Vaccination in Bombay 1902-1912 - 1902-1912
Year: 1902
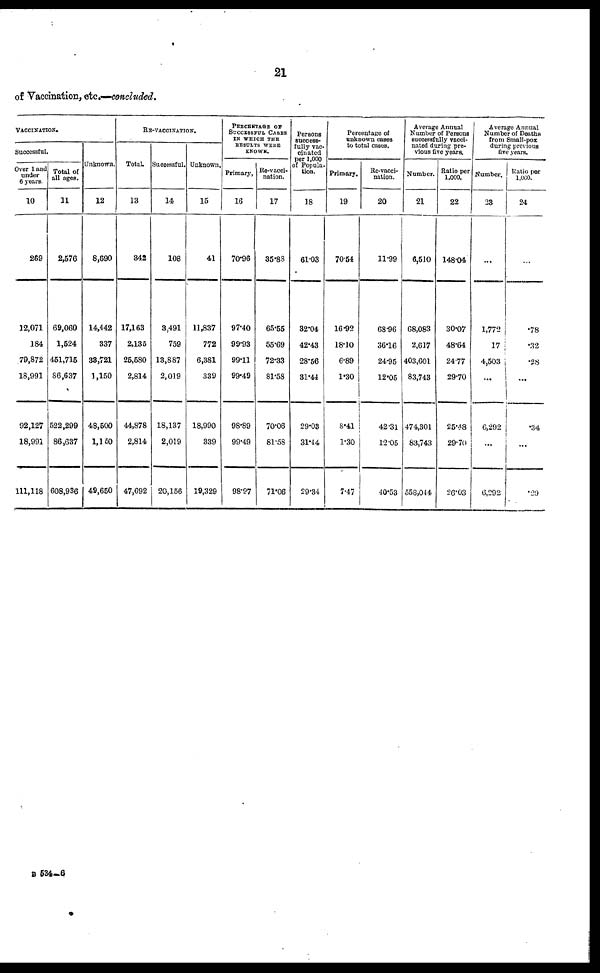
21
of Vaccination, etc.—concluded.
VACCINATION.
Successful.
Over 1 and
under
6 years.
10
269
12,071
184
79,872
18,991
92,127
18,991
111,118
Total of
all ages.
11
2,576
69,060
1,524
451,715
86,637
522,299
86,637
608,936
Unknown.
12
8,690
14,442
337
33,721
1,150
48,500
1,150
49,650
RE-VACCINATION.
Total
13
342
17,163
2,135
25,580
2,814
44,878
2,814
47,692
Successful.
14
108
3,491
759
13,887
2,019
18,137
2,019
20,156
Unknown.
15
41
11,837
772
6,381
339
18,990
339
19,329
PERCENTAGE OF
SUCCESSFUL CASES
IN WHICH THE
RESULTS WERE
KNOWN.
Primary.
16
70.96
97.40
99.93
99.11
99.49
98.89
99.49
98.97
Re-vacci-
nation.
17
35.88
65.55
55.69
72.33
81.58
70.06
81.58
71.06
Persons
success-
fully vac-
cinated
per 1,000
of Popula-
tion.
18
61.03
32.04
42.43
28.56
31.44
29.03
31.44
29.34
Percentage of
unknown cases
to total cases.
Primary.
19
70.54
16.92
18.10
6.89
1.30
8.41
1.30
7.47
Re-vacci-
nation.
20
11.99
68.96
36.16
24.95
12.05
42.31
12.05
40.53
Average Annual
Number of Persons
successfully vacci-
nated during pre-
vious five years.
Number.
21
6,510
68,083
2,617
403,601
83,743
474,301
83,743
558,044
Ratio per
1,000.
22
148.04
30.07
48.64
24.77
29.70
25.48
29.70
26.03
Average Annual
Number of Deaths
from Small-pox
during previous
five years.
Number.
23
...
1,772
17
4,503
...
6,292
...
6,292
Ratio per
1,000.
24
...
.78
.32
.28
...
.34
...
.29
B 534—6